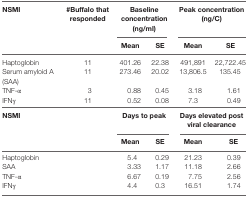
<table><thead><tr><td><b>NSMI</b></td><td><b>#Buffalo that responded</b></td><td colspan="2"><b>Baseline concentration (ng/ml)</b></td><td colspan="2"><b>Peak concentration (ng/C)</b></td></tr><tr><td></td><td></td><td><b>Mean</b></td><td><b>SE</b></td><td><b>Mean</b></td><td><b>SE</b></td></tr></thead><tbody><tr><td>Haptoglobin</td><td>11</td><td>401.26</td><td>22.38</td><td>491,891</td><td>22,722.45</td></tr><tr><td>Serum amyloid A (SAA)</td><td>11</td><td>273.46</td><td>20.02</td><td>13,806.5</td><td>135.45</td></tr><tr><td>TNF-α</td><td>3</td><td>0.88</td><td>0.45</td><td>3.18</td><td>1.61</td></tr><tr><td>IFNγ</td><td>11</td><td>0.52</td><td>0.08</td><td>7.3</td><td>0.49</td></tr><tr><td><b>NSMI</b></td><td></td><td colspan="2"><b>Days to peak</b></td><td colspan="2"><b>Days elevated post viral clearance</b></td></tr><tr><td></td><td></td><td><b>Mean</b></td><td><b>SE</b></td><td><b>Mean</b></td><td><b>SE</b></td></tr><tr><td>Haptoglobin</td><td></td><td>5.4</td><td>0.29</td><td>21.23</td><td>0.39</td></tr><tr><td>SAA</td><td></td><td>3.33</td><td>1.17</td><td>11.18</td><td>2.66</td></tr><tr><td>TNF-α</td><td></td><td>6.67</td><td>0.19</td><td>7.75</td><td>2.56</td></tr><tr><td>IFNγ</td><td></td><td>4.4</td><td>0.3</td><td>16.51</td><td>1.74</td></tr></tbody></table>